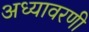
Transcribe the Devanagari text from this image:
अध्यावरणी